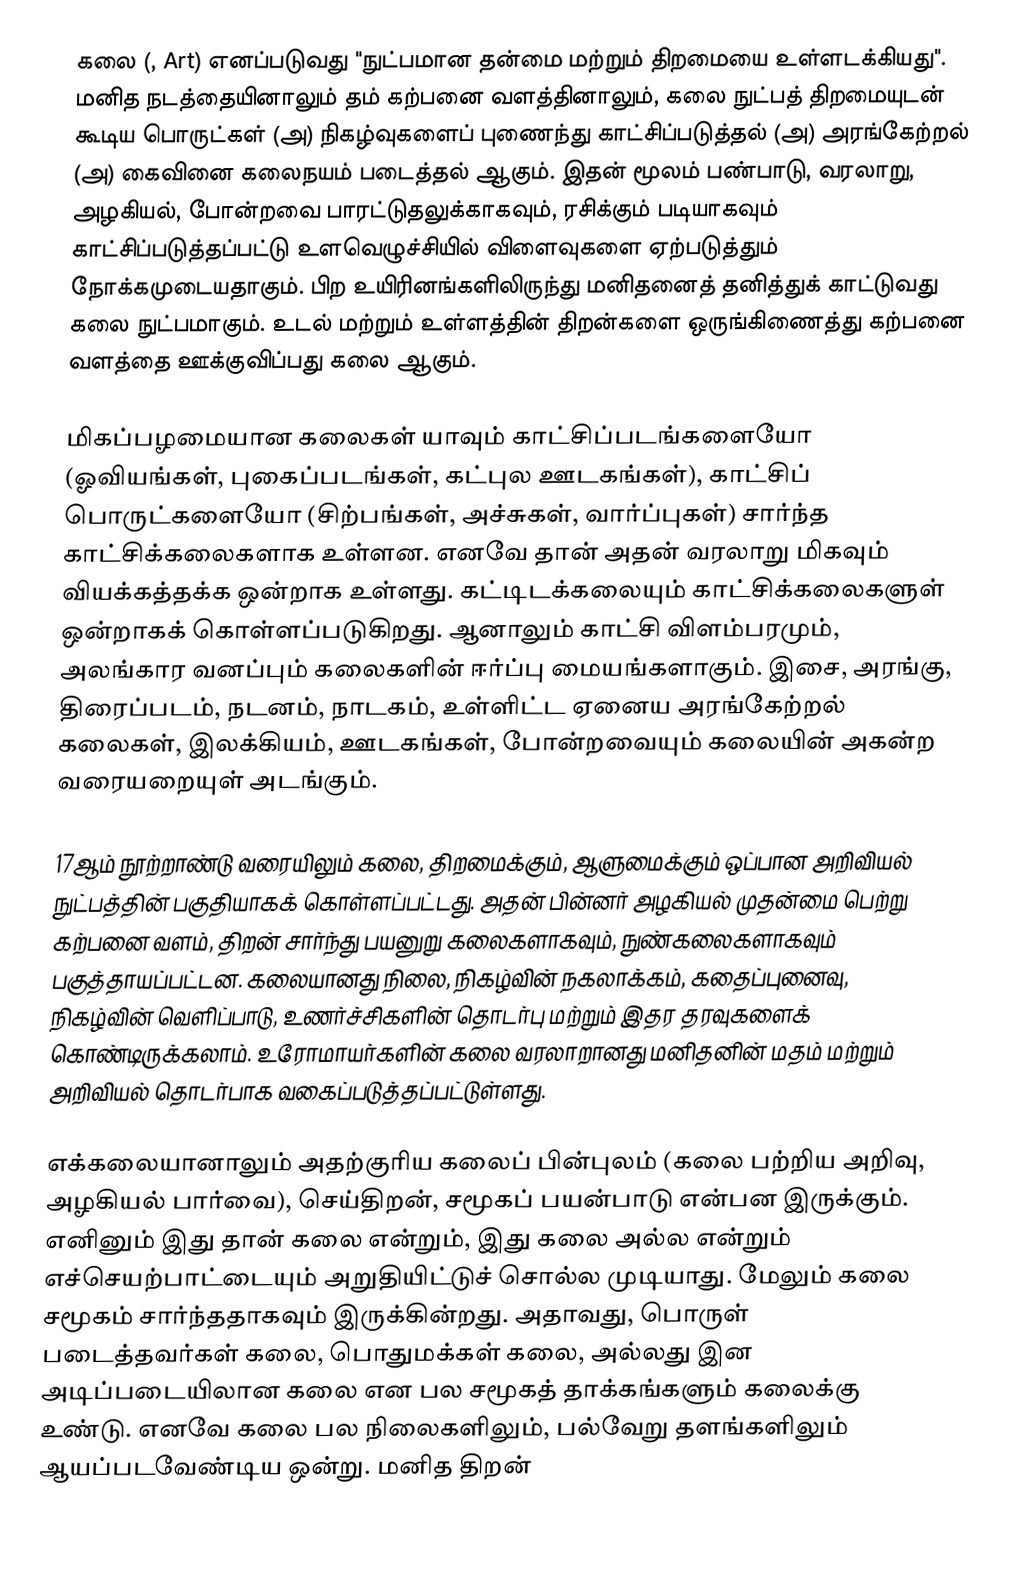
கலை (, Art) எனப்படுவது "நுட்பமான தன்மை மற்றும் திறமையை உள்ளடக்கியது".  மனித நடத்தையினாலும் தம் கற்பனை வளத்தினாலும், கலை நுட்பத் திறமையுடன் கூடிய பொருட்கள் (அ) நிகழ்வுகளைப் புணைந்து காட்சிப்படுத்தல் (அ) அரங்கேற்றல் (அ) கைவினை கலைநயம் படைத்தல் ஆகும். இதன் மூலம் பண்பாடு, வரலாறு, அழகியல், போன்றவை பாரட்டுதலுக்காகவும், ரசிக்கும் படியாகவும் காட்சிப்படுத்தப்பட்டு உளவெழுச்சியில் விளைவுகளை ஏற்படுத்தும் நோக்கமுடையதாகும். பிற உயிரினங்களிலிருந்து மனிதனைத் தனித்துக் காட்டுவது கலை நுட்பமாகும். உடல் மற்றும் உள்ளத்தின் திறன்களை ஒருங்கிணைத்து கற்பனை வளத்தை ஊக்குவிப்பது கலை ஆகும்.

மிகப்பழமையான கலைகள் யாவும் காட்சிப்படங்களையோ (ஓவியங்கள், புகைப்படங்கள், கட்புல ஊடகங்கள்), காட்சிப் பொருட்களையோ (சிற்பங்கள், அச்சுகள், வார்ப்புகள்) சார்ந்த காட்சிக்கலைகளாக உள்ளன. எனவே தான் அதன் வரலாறு மிகவும் வியக்கத்தக்க ஒன்றாக உள்ளது. கட்டிடக்கலையும் காட்சிக்கலைகளுள் ஒன்றாகக் கொள்ளப்படுகிறது. ஆனாலும் காட்சி விளம்பரமும், அலங்கார வனப்பும் கலைகளின் ஈர்ப்பு மையங்களாகும். இசை, அரங்கு, திரைப்படம், நடனம், நாடகம், உள்ளிட்ட ஏனைய அரங்கேற்றல் கலைகள், இலக்கியம், ஊடகங்கள், போன்றவையும் கலையின் அகன்ற வரையறையுள் அடங்கும்.

17ஆம் நூற்றாண்டு வரையிலும் கலை, திறமைக்கும், ஆளுமைக்கும் ஒப்பான அறிவியல் நுட்பத்தின் பகுதியாகக் கொள்ளப்பட்டது. அதன் பின்னர் அழகியல் முதன்மை பெற்று கற்பனை வளம், திறன் சார்ந்து பயனுறு கலைகளாகவும், நுண்கலைகளாகவும் பகுத்தாயப்பட்டன. கலையானது நிலை, நிகழ்வின் நகலாக்கம், கதைப்புனைவு, நிகழ்வின் வெளிப்பாடு, உணர்ச்சிகளின் தொடர்பு மற்றும் இதர தரவுகளைக் கொண்டிருக்கலாம். உரோமாயர்களின் கலை வரலாறானது மனிதனின் மதம் மற்றும் அறிவியல் தொடர்பாக வகைப்படுத்தப்பட்டுள்ளது.

எக்கலையானாலும் அதற்குரிய கலைப் பின்புலம் (கலை பற்றிய அறிவு, அழகியல் பார்வை), செய்திறன், சமூகப் பயன்பாடு என்பன இருக்கும். எனினும் இது தான் கலை என்றும், இது கலை அல்ல என்றும் எச்செயற்பாட்டையும் அறுதியிட்டுச் சொல்ல முடியாது. மேலும் கலை சமூகம் சார்ந்ததாகவும் இருக்கின்றது. அதாவது, பொருள் படைத்தவர்கள் கலை, பொதுமக்கள் கலை, அல்லது இன அடிப்படையிலான கலை என பல சமூகத் தாக்கங்களும் கலைக்கு உண்டு. எனவே கலை பல நிலைகளிலும், பல்வேறு தளங்களிலும் ஆயப்படவேண்டிய ஒன்று. மனித திறன்